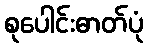
စုပေါင်းဓာတ်ပုံ